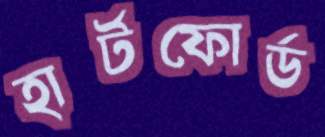
হার্টফোর্ড